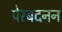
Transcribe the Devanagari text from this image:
पेरबदनन